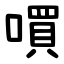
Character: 嘪